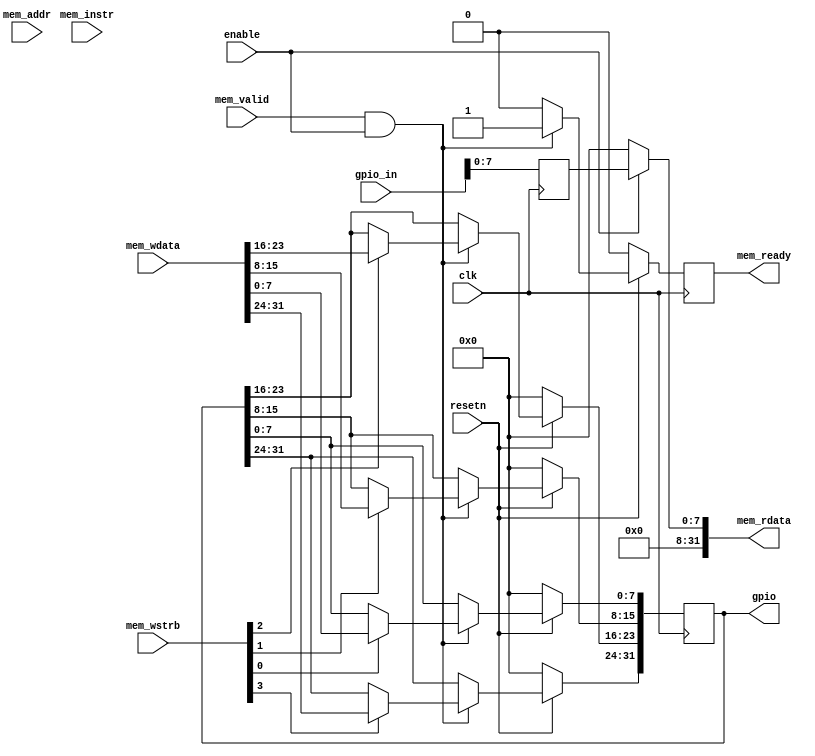
module gpio (
    // Bus interface
    input  wire        clk,
    input  wire        resetn,
    input  wire        enable,
    input  wire        mem_valid,
    output wire        mem_ready,
    input  wire        mem_instr,
    input  wire [3:0]  mem_wstrb,
    input  wire [31:0] mem_wdata,
    input  wire [31:0] mem_addr,
    output wire [31:0] mem_rdata,

    // gpio interface
    output reg [31:0]  gpio,
    input  wire [31:0] gpio_in
);

    reg [7:0] q;
    reg rdy;

    always @(negedge clk) begin
        if (!resetn) begin
            rdy <= 0;
            q <= 0;
            gpio <= 0;
        end else if (mem_valid & enable) begin
            if (mem_wstrb[0])
                gpio[7:0] <= mem_wdata[7:0];
            if (mem_wstrb[1])
                gpio[15:8] <= mem_wdata[15:8];
            if (mem_wstrb[2])
                gpio[23:16] <= mem_wdata[23:16];
            if (mem_wstrb[3])
                gpio[31:24] <= mem_wdata[31:24];
            rdy <= 1;
        end else begin
            rdy <= 0;
        end
        q <= gpio_in;
    end

    // Tri-state the bus outputs.
    assign mem_rdata = enable ? q : 'b0;
    assign mem_ready = rdy;

endmodule